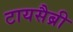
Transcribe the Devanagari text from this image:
टायसैब्री